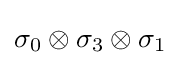
\sigma _{0}\otimes \sigma _{3}\otimes \sigma _{1}